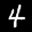
Label: 4